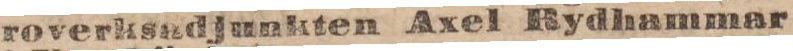
roverksadjunkten Axel Rydhammar